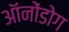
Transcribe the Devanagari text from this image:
ऑनोंडोग